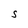
Character: S